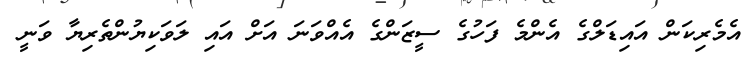
އެމެރިކަން އައިޑަލްގެ އެންމެ ފަހުގެ ސީޒަންގެ އެއްވަނަ އަށް އައި ލަވަކިޔުންތެރިޔާ ވަނީ